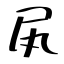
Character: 㞍